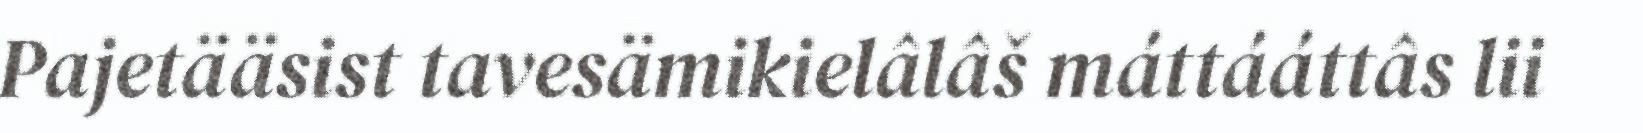
Pajetääsist tavesämikielâlâš máttááttâs lii